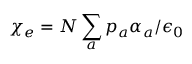
\chi _ { e } = N \sum _ { a } p _ { a } \alpha _ { a } / \epsilon _ { 0 }